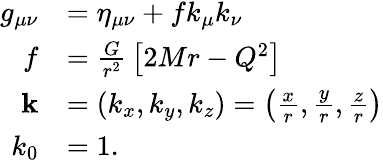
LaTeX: {\begin{array}{rl}{g_{\mu\nu}}&{=\eta_{\mu\nu}+fk_{\mu}k_{\nu}}\\ {f}&{={\frac{G}{r^{2}}}\left[2Mr-Q^{2}\right]}\\ {\mathbf{k}}&{=(k_{x},k_{y},k_{z})=\left({\frac{x}{r}},{\frac{y}{r}},{\frac{z}{r}}\right)}\\ {k_{0}}&{=1.}\end{array}}